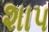
શાપ